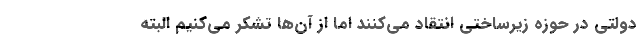
دولتی در حوزه زیرساختی انتقاد می‌کنند اما از آن‌ها تشکر می‌کنیم البته